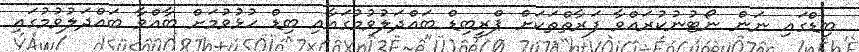
ބިޑްގައި ނަން ނޯޓުނުކުރައްވާ ފަރާތްތަކަށް ޕްރީބިޑް ބައްދަލުވުމުގައާއި ބިޑް ހުޅުވުމަށް ބާއްވާ ބައްދަލުވުމުގައި